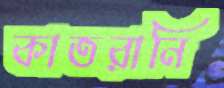
কাতরানি